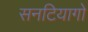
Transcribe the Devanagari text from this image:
सनटियागो